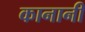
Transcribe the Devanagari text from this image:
कानानी